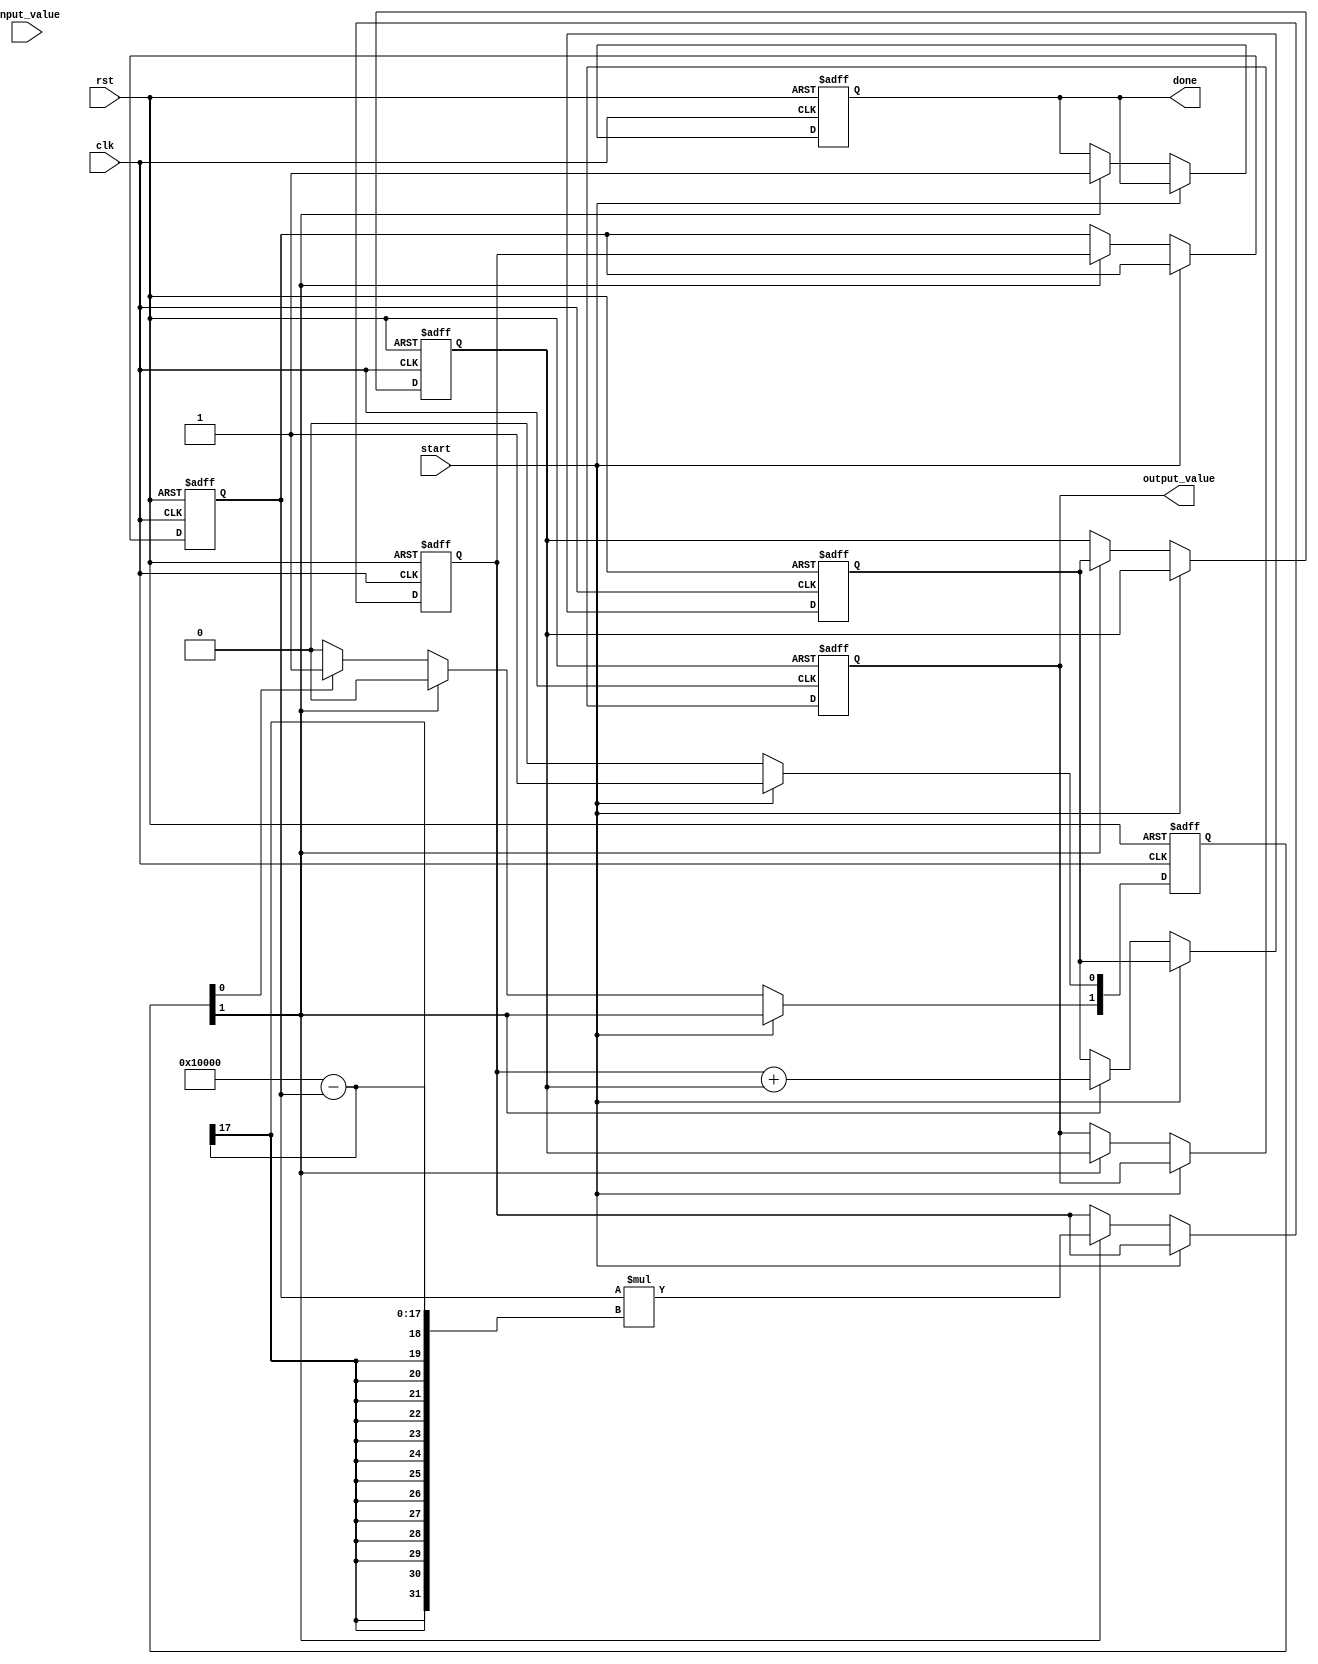
module systolic_array_reciprocal #(
    parameter N = 2, // Size of the systolic array (NxN)
    parameter WIDTH = 16 // Width of the input/output data
)(
    input clk,
    input rst,
    input [WIDTH-1:0] input_value, // Input value for which reciprocal is to be calculated
    input start,
    output reg [WIDTH-1:0] output_value, // Output reciprocal value
    output reg done // Indicate when the computation is complete
);

    // Processing Element (PE) structure
    reg [WIDTH-1:0] pe [0:N-1][0:N-1]; // Array of PEs
    reg [WIDTH-1:0] intermediate [0:N-1][0:N-1]; // Intermediate values
    reg [N-1:0] valid; // Valid signals for each PE
    integer i, j;

    // Initialize the PEs
    always @(posedge clk or posedge rst) begin
        if (rst) begin
            for (i = 0; i < N; i = i + 1) begin
                for (j = 0; j < N; j = j + 1) begin
                    pe[i][j] <= 0;
                    intermediate[i][j] <= 0;
                end
            end
            output_value <= 0;
            done <= 0;
            valid <= 0;
        end else if (start) begin
            // Load the input value into the first PE
            pe[0][0] <= input_value;
            valid[0] <= 1; // Mark the first PE as valid
        end else begin
            // Systolic array computation
            // Example: Simple iterative reciprocal approximation
            for (i = 0; i < N; i = i + 1) begin
                for (j = 0; j < N; j = j + 1) begin
                    if (valid[i]) begin
                        // Example operation: Newton-Raphson step
                        if (j == 0) begin
                            intermediate[i][j] <= (pe[i][j] * (2**WIDTH - pe[i][j])); // Example operation
                        end else begin
                            intermediate[i][j] <= intermediate[i][j-1] + pe[i][j]; // Example operation
                        end
                        pe[i][j] <= intermediate[i][j]; // Update PE with intermediate result
                    end
                end
            end
            
            // Pass valid signals to the next row (for a 2D array)
            for (i = 0; i < N; i = i + 1) begin
                if (valid[i]) begin
                    valid[i] <= 0; // Reset valid signal
                    if (i < N-1) valid[i+1] <= 1; // Set valid for next PE
                end
            end
            
            // Final output from the last PE
            if (valid[N-1]) begin
                output_value <= pe[N-1][N-1]; // Get the final output
                done <= 1; // Indicate computation is done
            end
        end
    end
endmodule